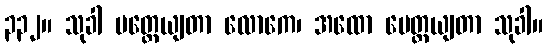
၃၃၂။ သုခါ မတ္တေယျတာ လောကေ၊ အထော ပေတ္တယျတာ သုခါ။